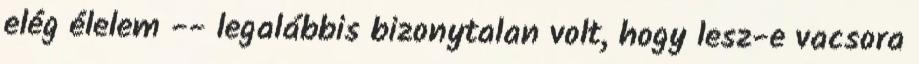
elég élelem -- legalábbis bizonytalan volt, hogy lesz-e vacsora